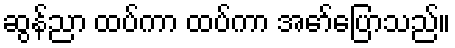
ဆွန်ညာ ထပ်ကာ ထပ်ကာ အော်ပြောသည်။